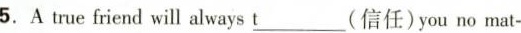
5.A tme friend will always\underline{t}(信任)you mo mat-